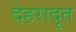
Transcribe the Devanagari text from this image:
देहरादूत